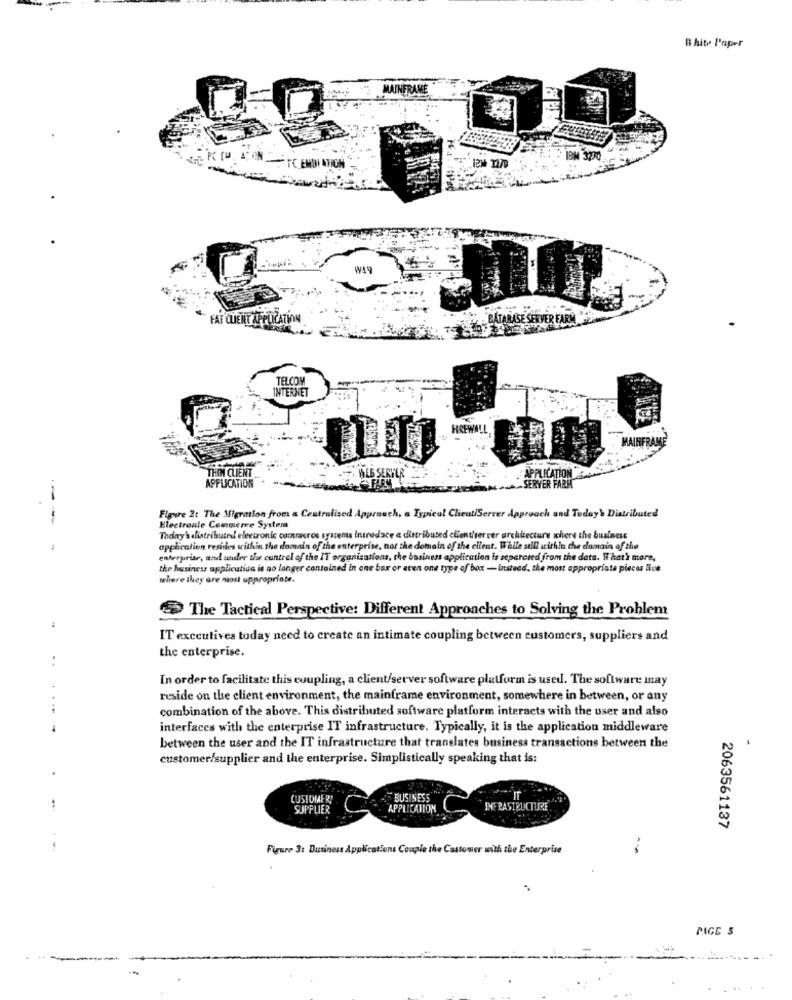
Bhite Paper
MAINFRAME
W19
FAT CLIENT APPLICATION
DATABASE SERVER FARM
TELCOY
INTERNET
MAINFRAME
THIN CLIENT
WEB SERVE
APPLICATION
APPLICATION
SERVER FARM
---
Figure 2t The Migration from a Centralised Approach, a Typical Client/Server Approach and Today's Distributed
Electronle Commerce Systems
They' alistributril electronic comrasros systems introdace a distributed client/server architecture where the business
-
application resides within the domain of the enterprise, not the domain of the client. While still arichin the domain of the
enterprise, and under the control of the IT organisations, the business application is separated from the dets. What's more,
the business application is no longer contained in one bar or even one type of box - instead, the most appropriate pieces live
where they are most appropriate.
>The Tactical Perspective: Different Approaches to Solving the Problem
:
IT exccutives today need to create an intimate coupling between customers, suppliers and
the enterprise.
..
In order to facilitate this coupling, a client/server software platform is used. The software may
reside on the client environment, the mainframe environment, somewhere in between, or any
....
combination of the above. This distributed software platform interacts with the user and also
interfaces with the enterprise IT infrastructure. Typically, it is the application middleware
between the user and the IT infrastructure that translates business transactions between the
-
customer/supplier and the enterprise. Simplistically speaking that is:
CUSTOMER!
BUSINESS
SUPPLIER
APPLICATION
INFRASTRUCTURE
2063561137
Figure 3: Business Applications Couple the Customer with the Enterprise
PAGE 5